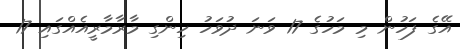
އޭގެ ފަހުން މި މަހުގެ 17 ވަނަ ދުވަހު ހިންގި މާރާމާރީއެއްގައި 17